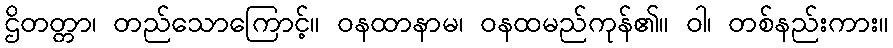
ဌိတတ္တာ၊ တည်သောကြောင့်။ ဝနထာနာမ၊ ဝနထမည်ကုန်၏။ ဝါ၊ တစ်နည်းကား။